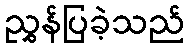
ညွှန်ပြခဲ့သည်